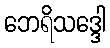
ဘေရိသဒ္ဒေါ